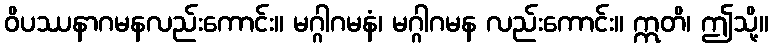
ဝိပဿနာဂမနလည်းကောင်း။ မဂ္ဂါဂမနံ၊ မဂ္ဂါဂမန လည်းကောင်း။ ဣတိ၊ ဤသို့။